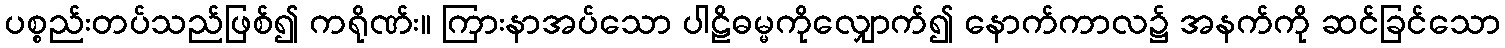
ပစ္စည်းတပ်သည်ဖြစ်၍ ကရိုဏ်း။ ကြားနာအပ်သော ပါဠိဓမ္မကိုလျှောက်၍ နောက်ကာလ၌ အနက်ကို ဆင်ခြင်သော